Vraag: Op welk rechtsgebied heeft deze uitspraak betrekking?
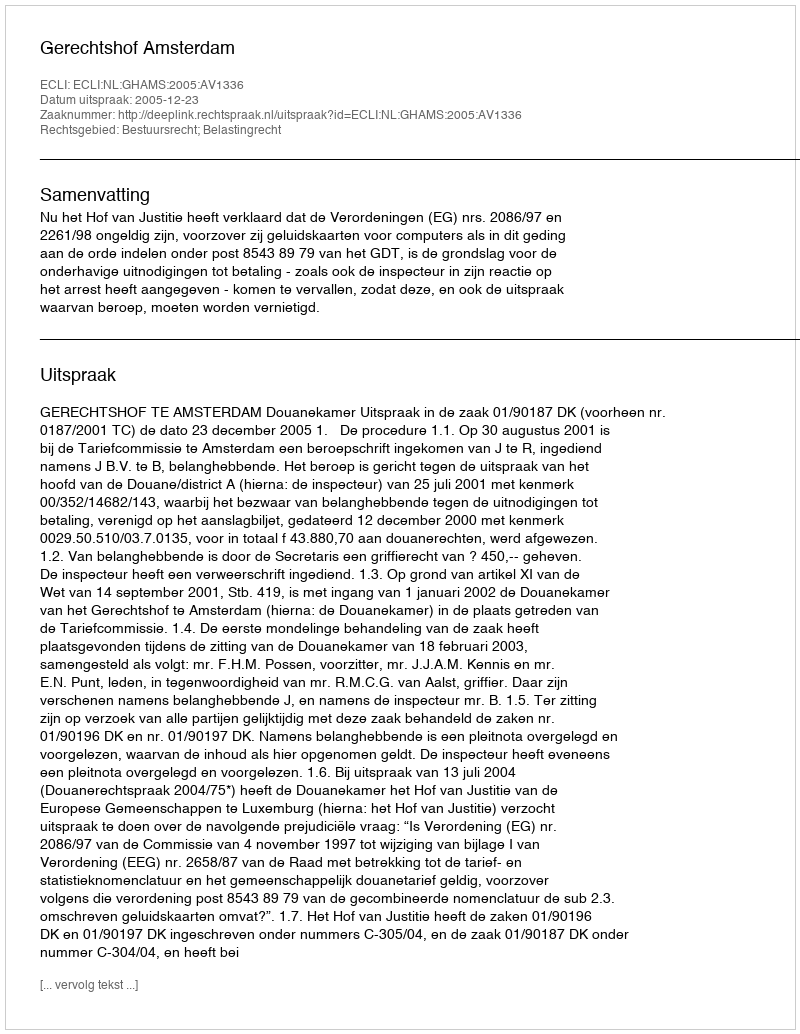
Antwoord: Bestuursrecht; Belastingrecht